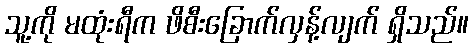
သူ့ကို မထုံးရီက ဖိစီးခြောက်လှန့်လျက် ရှိသည်။